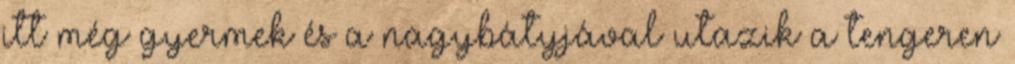
itt még gyermek és a nagybátyjával utazik a tengeren